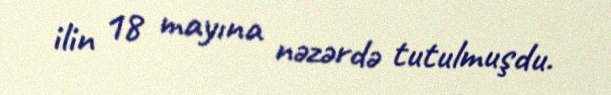
ilin 18 mayına nəzərdə tutulmuşdu.